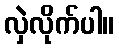
လှဲလိုက်ပါ။